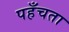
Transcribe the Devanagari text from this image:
पहँचता